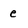
Character: e